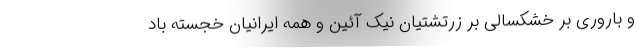
و باروری بر خشکسالی بر زرتشتیان نیک آئین و همه ایرانیان خجسته باد